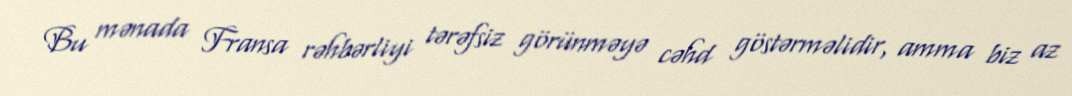
Bu mənada Fransa rəhbərliyi tərəfsiz görünməyə cəhd göstərməlidir, amma biz az